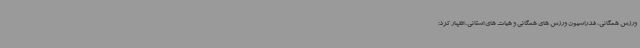
ورزش همگانی، فدراسیون ورزش های همگانی و هیات های استانی، اظهار کرد: